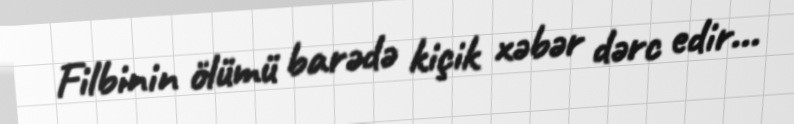
Filbinin ölümü barədə kiçik xəbər dərc edir...